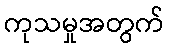
ကုသမှုအတွက်